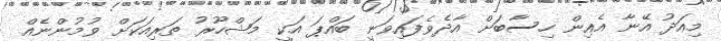
މިއަދު އޭނާ އެއިން ހިސާބަށް އާދެވެފައިވަނީ ބައްޕަ އަކީ މަޝްހޫރު ތަރިއަކަށް ވުމުންނެއް